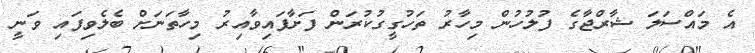
އެ މައްސަލަ ޝާރްޖާގެ ފުލުހުން މިހާރު ތަހުގީގުކުރަން ފަށާފައިވާއިރު މިހާތަނަށް ބެލެވިފައި ވަނީ